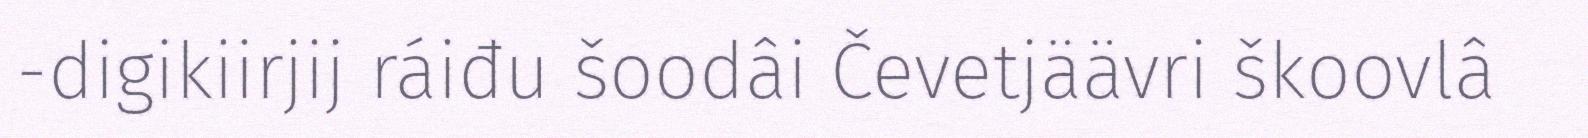
-digikiirjij ráiđu šoodâi Čevetjäävri škoovlâ